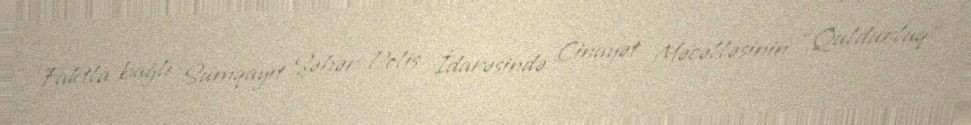
Faktla bağlı Sumqayıt Şəhər Polis İdarəsində Cinayət Məcəlləsinin “Quldurluq”